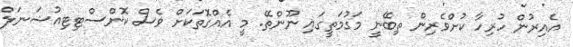
އެއިރުން ހުރިހާ ކުށްވެރިން ތިބޭނީ މަގުމަތީގައި ނޫންތޭ. މީ އެއްގޮތަަކަށް ވެސް ކޮންސްޓިޓިއުޝަނަލް